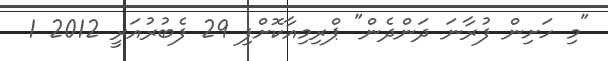
"މި ހަށިން ފުރާނަ ދަންދެން" ޕްރިމިއާކޮށްފި 29 ފެބުރުއަރީ 2012 1